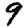
Digit: 9